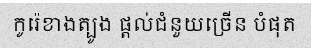
កូរ៉េខាងត្បូង ផ្តល់ជំនួយច្រើន បំផុត